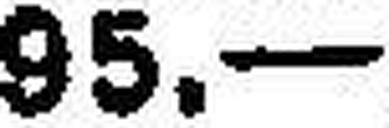
95.—